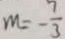
m = - \frac { 7 } { 3 }